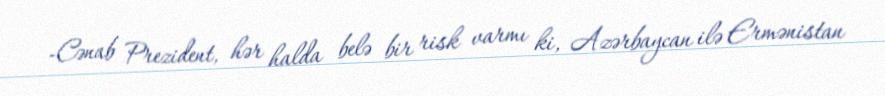
-Cənab Prezident, hər halda belə bir risk varmı ki, Azərbaycan ilə Ermənistan